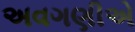
અવગણીએ